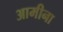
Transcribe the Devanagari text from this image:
आमीना